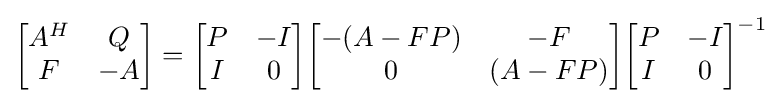
{\begin{bmatrix}A^{H}&Q\\F&-A\end{bmatrix}}={\begin{bmatrix}P&-I\\I&0\end{bmatrix}}{\begin{bmatrix}-(A-FP)&-F\\0&(A-FP)\end{bmatrix}}{\begin{bmatrix}P&-I\\I&0\end{bmatrix}}^{-1}